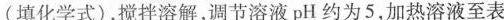
(填化学式)，搅拌溶解，调节溶液pH约为5，加热溶液至表